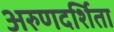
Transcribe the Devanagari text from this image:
अरुणदर्शिता